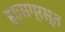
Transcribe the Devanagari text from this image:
ह्रासग्रस्त